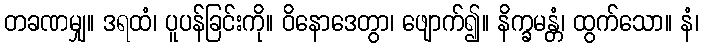
တခဏမျှ။ ဒရထံ၊ ပူပန်ခြင်းကို။ ဝိနောဒေတွာ၊ ဖျောက်၍။ နိက္ခမန္တံ၊ ထွက်သော။ နံ၊